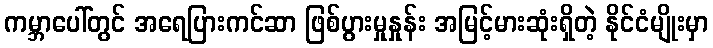
ကမ္ဘာပေါ်တွင် အရေပြားကင်ဆာ ဖြစ်ပွားမှုနှုန်း အမြင့်မားဆုံးရှိတဲ့ နိုင်ငံမျိုးမှာ